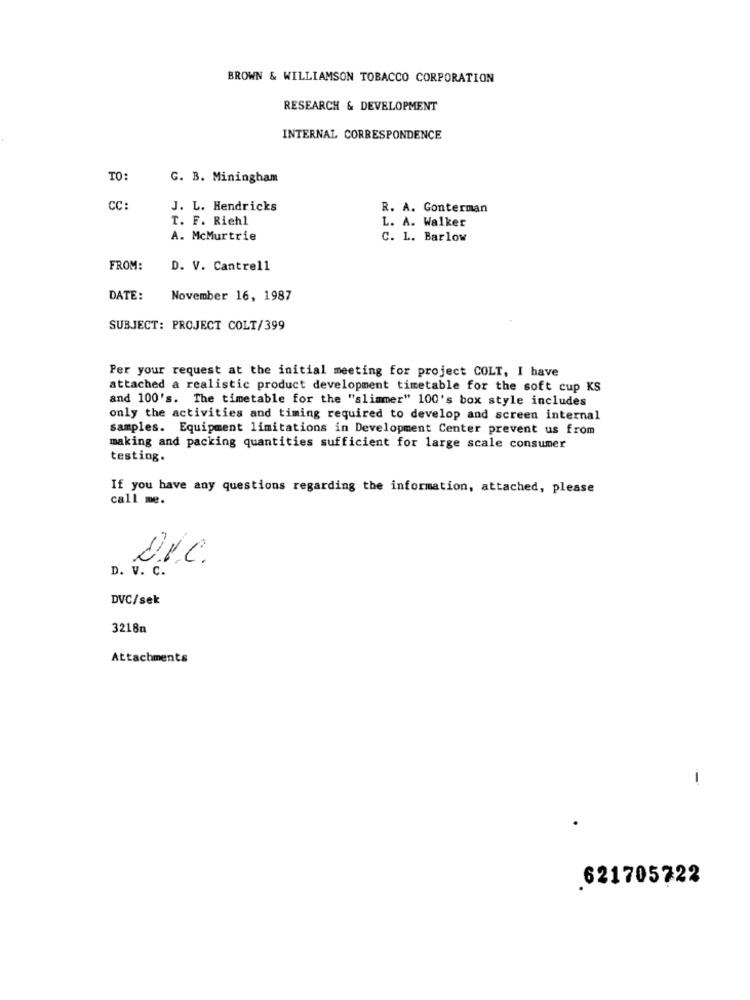
BROWN & WILLIAMSON TOBACCO CORPORATION
RESEARCH & DEVELOPMENT
INTERNAL CORRESPONDENCE
TO:
G. B. Miningham
CC:
J. L. Hendricks
R. A. Gonterman
T. F. Riehl
L. A. Walker
A. McMurtrie
C. L. Barlow
FROM:
D. V. Cantrell
DATE:
November 16, 1987
SUBJECT: PROJECT COLT/399
Per your request at the initial meeting for project COLT, I have
attached a realistic product development timetable for the soft cup KS
and 100's. The timetable for the "slimmer" 100's box style includes
only the activities and timing required to develop and screen internal
samples. Equipment limitations in Development Center prevent us from
making and packing quantities sufficient for large scale consumer
testing.
If you have any questions regarding the information, attached, please
call me.
D. V. C.
D.v.C.
DVC/sek
3218n
Attachments
621705722